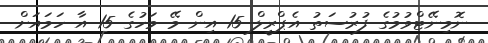
ނޮމިނޭޓްވުމުގެ ފުރުސަތު އެޕްރީލް 15 އިން މޭ މަހުގެ 15 އާ ހަމައަށް